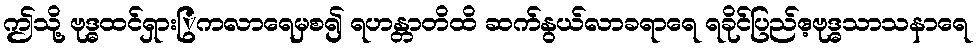
ဤသို့ ဗုဒ္ဓထင်ရှားြွကလာရေမှစ၍ ရဟန္တာတိထိ ဆက်နွယ်လာခရာရေ ရခိုင်ပြည်ဧ့ဗုဒ္ဓသာသနာရေ